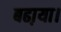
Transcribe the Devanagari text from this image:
बढा़या।